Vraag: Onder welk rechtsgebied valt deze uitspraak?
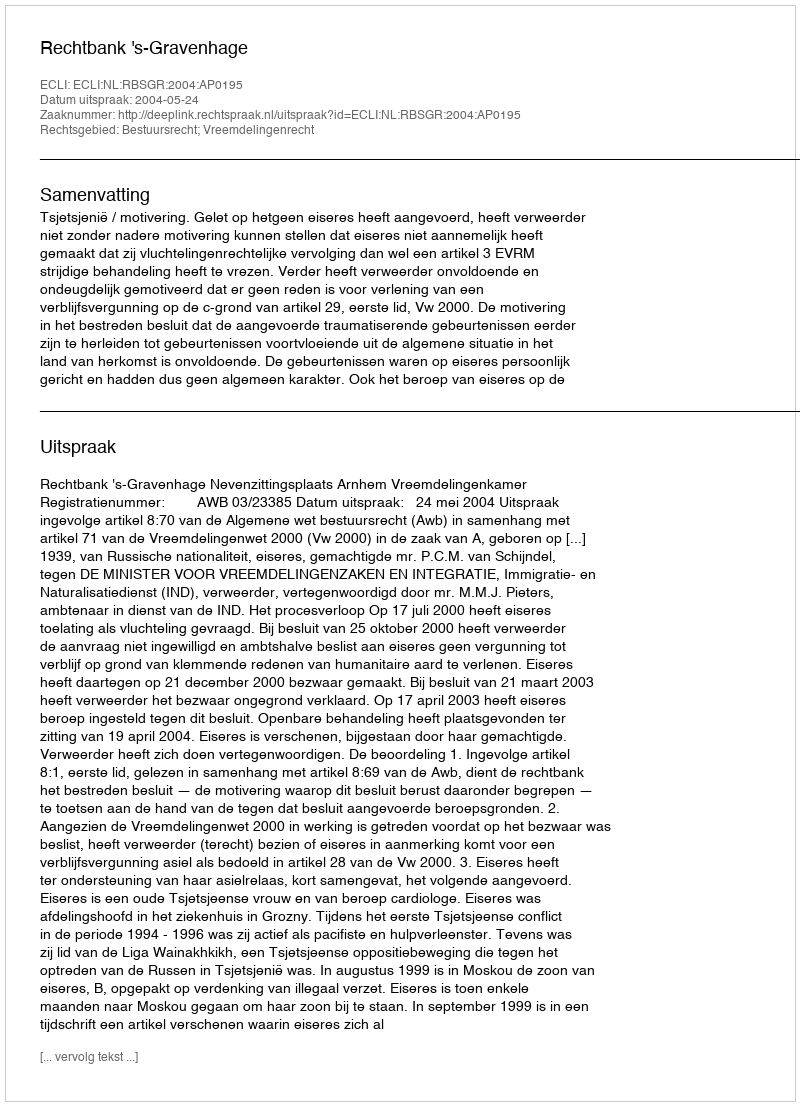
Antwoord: Bestuursrecht; Vreemdelingenrecht